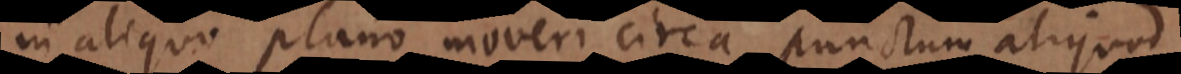
in aliquo plano moveri circa punctum aliquod